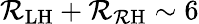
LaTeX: \mathcal{R}_{\mathrm{{LH}}}+\mathcal{R}_{\mathrm{{\mathcal{R}H}}}\sim6